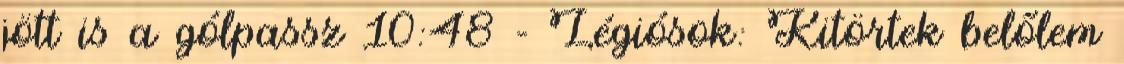
jött is a gólpassz 10:48 - Légiósok: Kitörtek belőlem